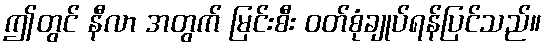
ဤတွင် နီလာ အတွက် မြင်းစီး ဝတ်စုံချုပ်ရန်ပြင်သည်။